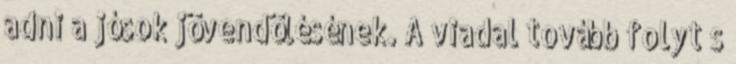
adni a jósok jövendölésének. A viadal tovább folyt s